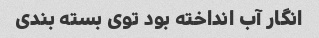
انگار آب انداخته بود توی بسته بندی